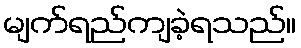
မျက်ရည်ကျခဲ့ရသည်။